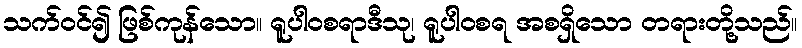
သက်ဝင်၍ ဖြစ်ကုန်သော။ ရူပါဝစရာဒီသု၊ ရူပါဝစရ အစရှိသော တရားတို့သည်။